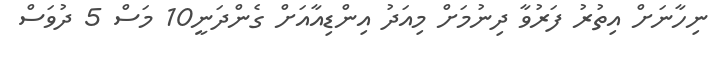
ނިހާނަށް އިތުރު ފަރުވާ ދިނުމަށް މިއަދު އިންޑިއާއަށް ގެންދަނީ10 މަސް 5 ދުވަސް